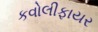
કવોલીફાયર